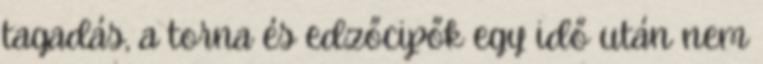
tagadás, a torna és edzőcipők egy idő után nem